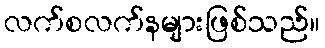
လက်စလက်နများဖြစ်သည်။